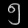
Digit: ၅